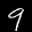
Label: 9